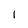
Character: I